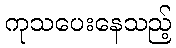
ကုသပေးနေသည့်